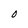
Character: O